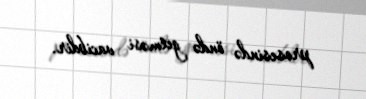
prosesində öndə getməsi vacibdir.